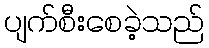
ပျက်စီးစေခဲ့သည်